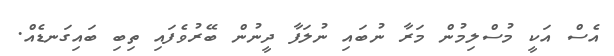
އެސް އަކީ މުސްލިމުން މަރާ ނުބައި ނުލަފާ ދީނުން ބޭރުވެފައި ތިބި ބައިގަނޑެއް.